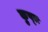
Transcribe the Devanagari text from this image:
कुष्त